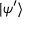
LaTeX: \vert \psi ^ { \prime } \rangle